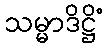
သမ္မာဒိဋ္ဌိံ